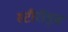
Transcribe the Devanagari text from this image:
स्टीरॉड्स